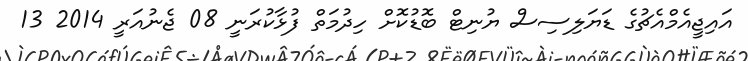
އައިޖީއެމްއެޗުގެ ޑަޔަލިސިސް ޔުނިޓް ބޮޑުކޮށް ހިދުމަތް ފުޅާކުރަނީ 08 ޖެނުއަރީ 2014 13